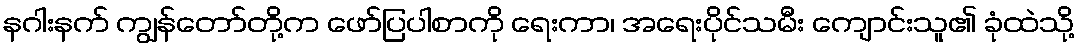
နဂါးနက် ကျွန်တော်တို့က ဖော်ပြပါစာကို ရေးကာ၊ အရေးပိုင်သမီး ကျောင်းသူ၏ ခုံထဲသို့